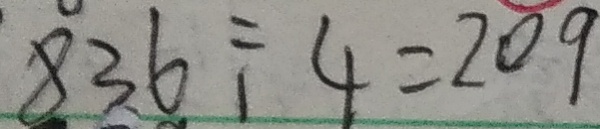
8 3 6 \div 4 = 2 0 9